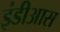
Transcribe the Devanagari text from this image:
इंडीआस